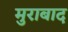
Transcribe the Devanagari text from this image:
मुराबाद